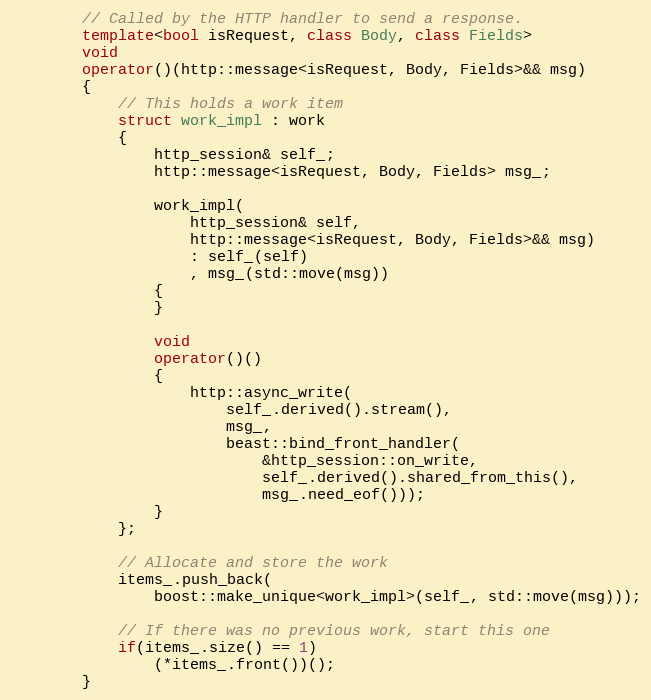
Language: C++
        // Called by the HTTP handler to send a response.
        template<bool isRequest, class Body, class Fields>
        void
        operator()(http::message<isRequest, Body, Fields>&& msg)
        {
            // This holds a work item
            struct work_impl : work
            {
                http_session& self_;
                http::message<isRequest, Body, Fields> msg_;

                work_impl(
                    http_session& self,
                    http::message<isRequest, Body, Fields>&& msg)
                    : self_(self)
                    , msg_(std::move(msg))
                {
                }

                void
                operator()()
                {
                    http::async_write(
                        self_.derived().stream(),
                        msg_,
                        beast::bind_front_handler(
                            &http_session::on_write,
                            self_.derived().shared_from_this(),
                            msg_.need_eof()));
                }
            };

            // Allocate and store the work
            items_.push_back(
                boost::make_unique<work_impl>(self_, std::move(msg)));

            // If there was no previous work, start this one
            if(items_.size() == 1)
                (*items_.front())();
        }